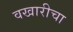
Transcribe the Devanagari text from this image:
वखारीचा